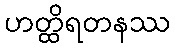
ဟတ္ထိရတနဿ